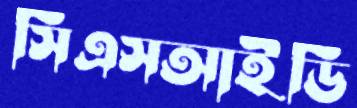
সিএসআইডি